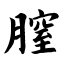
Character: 膣